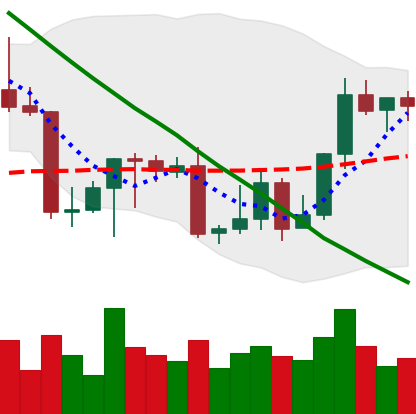
Ticker: LTC-USD
Chart end date: 2022-09-05
Forward return: 4.991%
Label: up_3_5